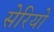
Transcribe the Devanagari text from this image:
सेरियो